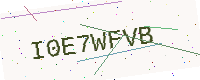
Text: I0E7WFVB